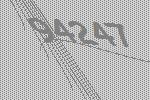
94247